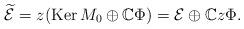
LaTeX: \begin{align*}\widetilde{\mathcal E}&=z(\mathop{\mathrm{Ker}} M_0\oplus\mathbb C\Phi)=\mathcal E\oplus\mathbb Cz\Phi.\end{align*}